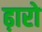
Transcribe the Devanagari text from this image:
ढ़ारो